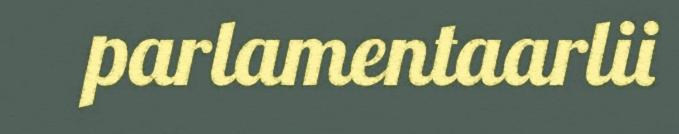
parlamentaarlii